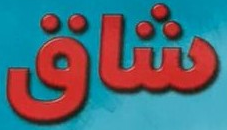
شاق